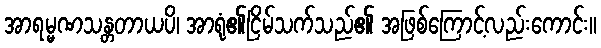
အာရမ္မဏသန္တတာယပိ၊ အာရုံ၏ငြိမ်သက်သည်၏ အဖြစ်ကြောင့်လည်းကောင်း။